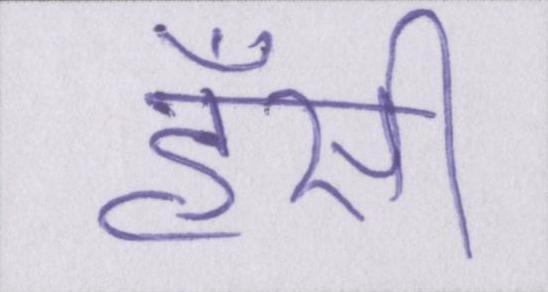
हँसी